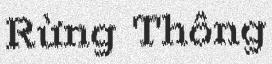
Rừng Thông